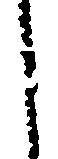
し